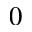
0